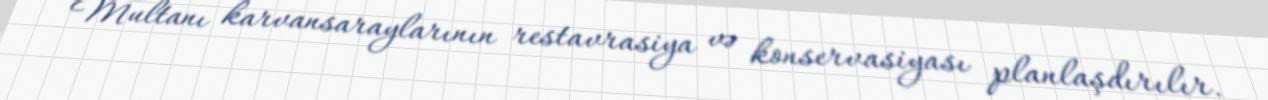
Multanı karvansaraylarının restavrasiya və konservasiyası planlaşdırılır.